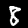
Digit: 8